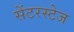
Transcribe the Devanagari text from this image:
सेंटरस्टेज